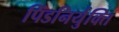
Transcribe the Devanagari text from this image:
पिंडनिर्युक्ति